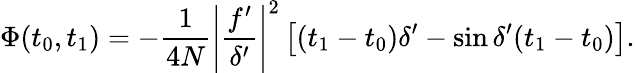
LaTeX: \Phi(t_{0},t_{1})=-\frac{1}{4N}\left|\frac{f^{\prime}}{\delta^{\prime}}\right|^{2}\left[(t_{1}-t_{0})\delta^{\prime}-\sin\delta^{\prime}(t_{1}-t_{0})\right].